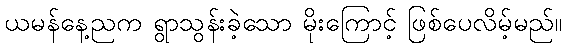
ယမန်နေ့ညက ရွာသွန်းခဲ့သော မိုးကြောင့် ဖြစ်ပေလိမ့်မည်။